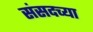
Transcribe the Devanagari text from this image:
संसदच्या